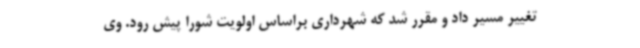
تغییر مسیر داد و مقرر شد که شهرداری براساس اولویت شورا پیش رود. وی